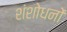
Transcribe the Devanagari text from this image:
शंशोधनों